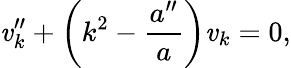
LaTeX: \mathit{v}_{k}^{\prime\prime}+\left(k^{2}-{\frac{{a^{\prime\prime}}}{{a}}}\right)\mathit{v}_{k}=0,